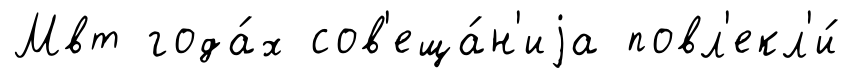
Мвт года́х сов'еща́н'иjа повл'екл'и́